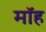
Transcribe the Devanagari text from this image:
मॉह